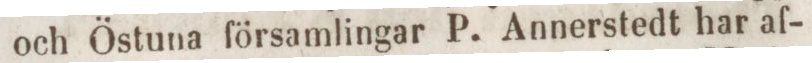
och Östuna församlingar P. Annerstedt har af-